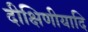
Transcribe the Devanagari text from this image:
दीक्षिणीयादि